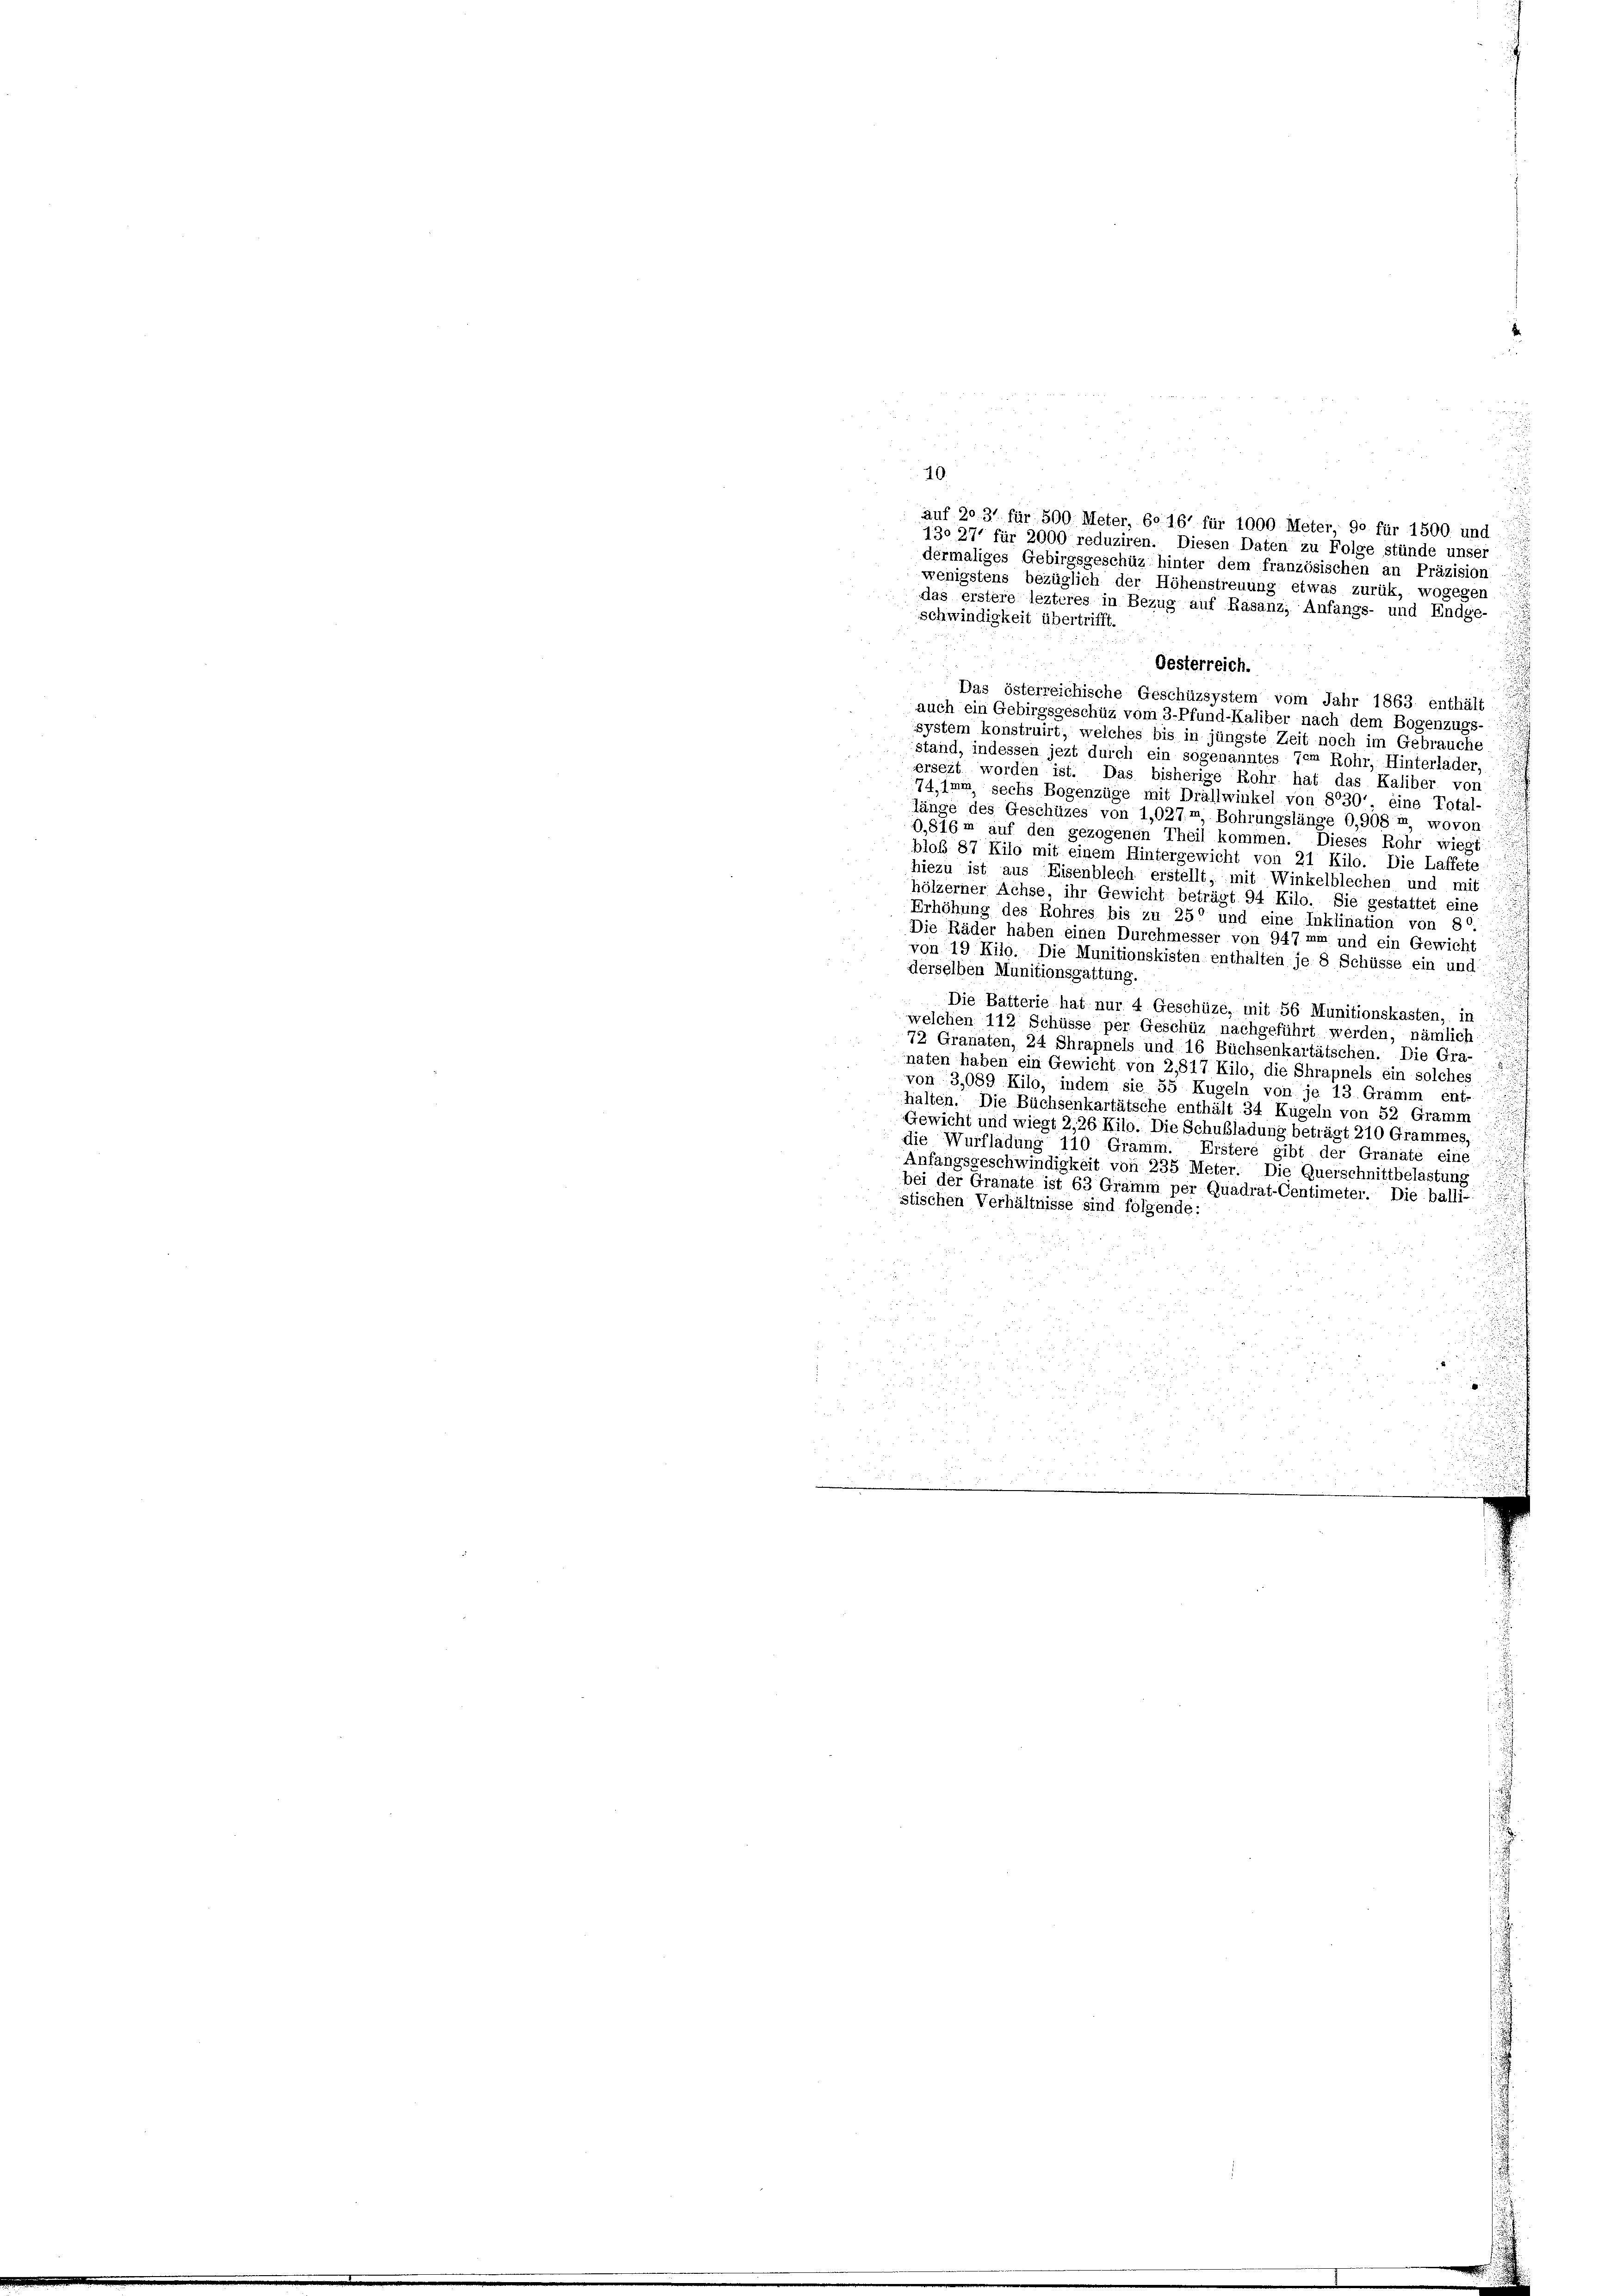
10.
auf 2031 für 500 Meter, 6. 161 für 1000 Meter, 90 für 1500. und
130 271 für 2000 reduziren. Diesen Daten zu Folge stünde unser
dermaliges Gebirgsgeschüz hinter dem französischen an Präzision
wenigstens bezüglich der Höhenstreuung etwas zurük, wogegen
das erstere lezteres in Bezug auf Rasanz; Anfangs- und Endge-
schwindigkeit übertrifft.
Oesterreich.
Das österreichische Geschüzsystem vom Jahr 1863 enthält
auch ein Gebirgsgeschüz vom 3 Pfund-Kaliber nach dem Bogenzugs-
system konstruirt, welches bis in jüngste Zeit noch im Gebrauche
stand, indessen jezt durch ein sogenanntes dem Rohr, Hinterlader,
ersezt worden ist. Das bisherige Rohr hat das Kaliber von
74,1mm sechs Bogenzüge mit Drällwinkel von 8030', eine Total-
länge des Geschüzes von 1,027m, Bohrungslänge 0,908 u, wovon
0,816m auf den gezogenen Theil kommen. Dieses Rohr wiegt
bloß 87 Kilo mit einem Hintergewicht von 21 Kilo. Die Laffete
hiezu ist aus Eisenblech erstellt, mit Winkelblechen und mit
hölzerner Achse, ihr Gewicht beträgt 94 Kilo. Sie gestattet eine
Erhöhung des Rohres bis zu 250 und eine Inklination von 80.
Die Räder haben einen Durchmesser von 947 mm und ein Gewicht
von 19 Kilo. Die Munitionskisten enthalten je 8 Schüsse ein und:
derselben Munitionsgattung.
Die Batterie hat nur 4 Geschüze, mit 56 Munitionskasten, in
welchen 112 Schüsse per Geschüz nachgeführt werden, nämlich
72 Granaten, 24 Shrapnels und 16 Büchsenkartätschen. Die Gra-
naten haben ein Gewicht von 2,817 Kilo, die Shrapnels ein solches
von 3,089 Kilo, indem sie 55 Kugeln von je 13. Gramm ent-
halten. Die Büchsenkartätsche enthält 34 Kugeln von 52 Gramm
Gewicht und wiegt 2,26 Kilo. Die Schubladung beträgt 210 Grammes.
die Wurfladung 110 Gramin. Eistere gibt der Granate eine
Anfangsgeschwindigkeit von 235 Meter. Die Querschnittbelastung
bei der Granate ist 63 Gramm per Quadrat-Centimeter. Die balli-
stischen Verhältnisse sind folgende:
2
u